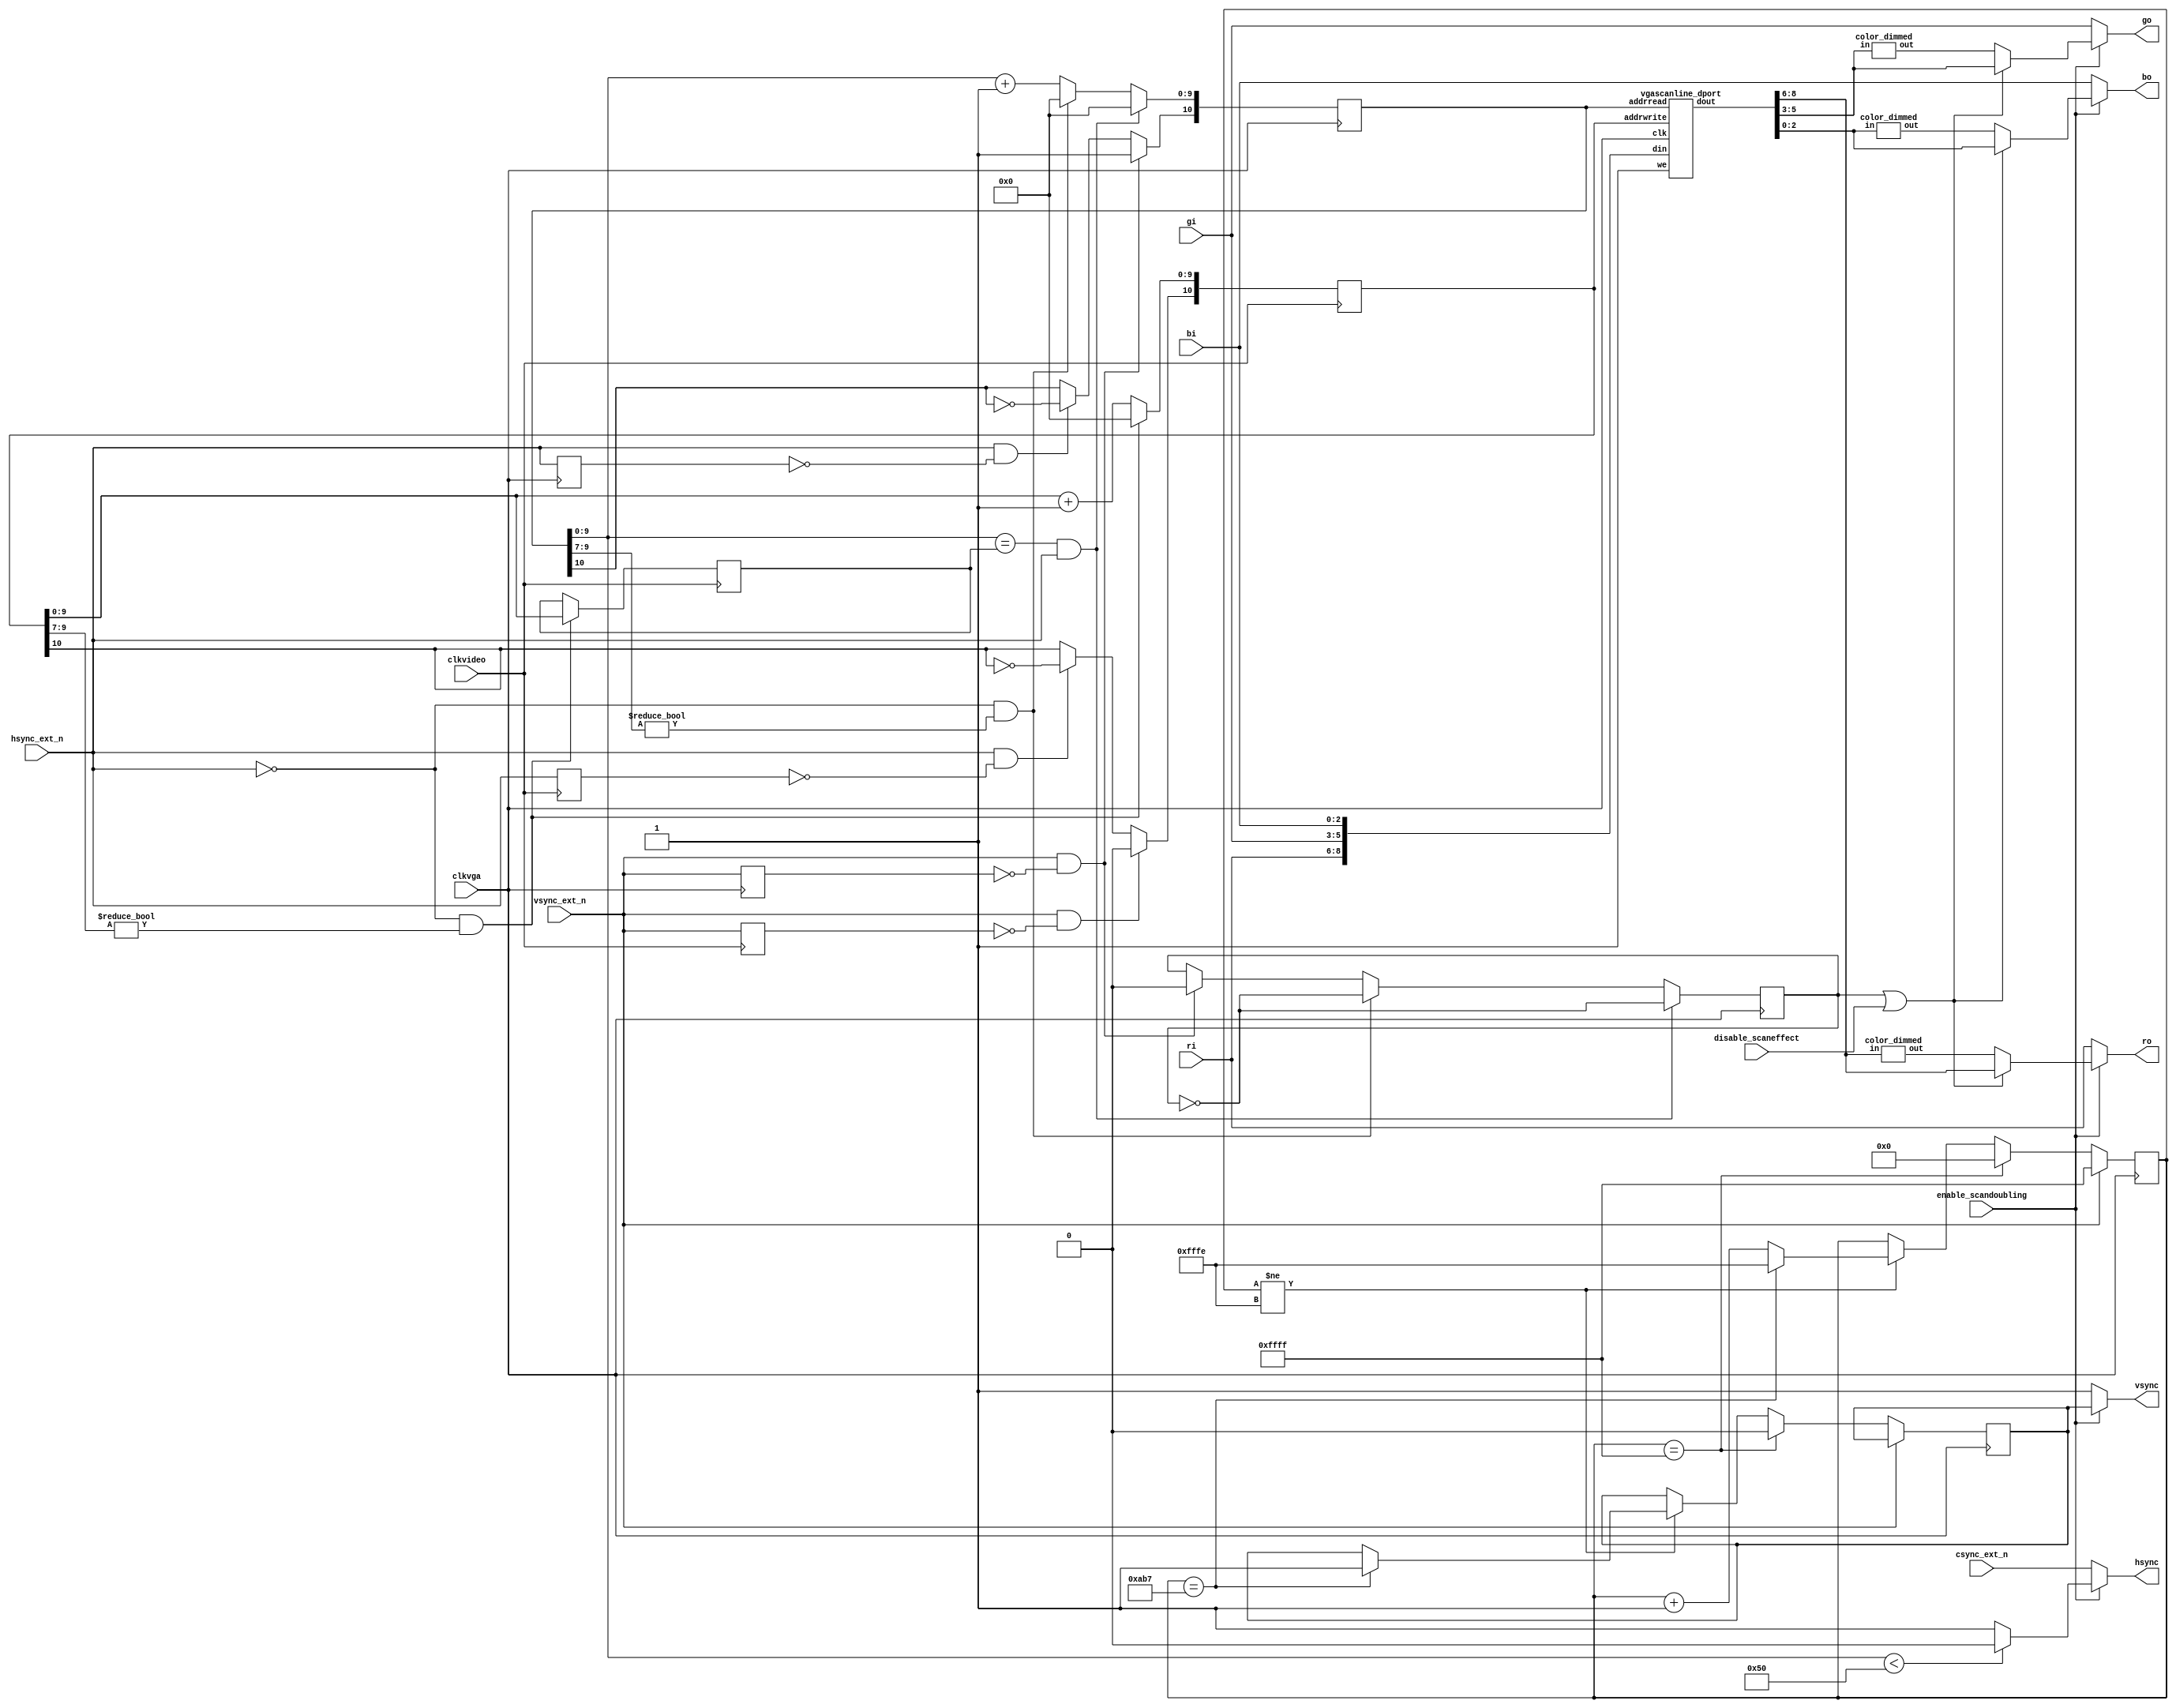
// This program was cloned from: https://github.com/ManuFerHi/N-GO
// License: GNU General Public License v3.0

`timescale 1ns / 1ps
`default_nettype none

//////////////////////////////////////////////////////////////////////////////////
// Company: AZXUNO
// 
// Design Name:    
// Module Name:    vga_scandoubler
// Project Name:   Scandoubler para la salida VGA
// Target Devices: ZXUNO Spartan 6
// Additional Comments: all rights reserved for now
//
//////////////////////////////////////////////////////////////////////////////////

module vga_scandoubler (
	input wire clkvideo,
	input wire clkvga,
  input wire enable_scandoubling,
  input wire disable_scaneffect,  // 1 to disable scanlines
	input wire [2:0] ri,
	input wire [2:0] gi,
	input wire [2:0] bi,
	input wire hsync_ext_n,
	input wire vsync_ext_n,
  input wire csync_ext_n,
	output reg [2:0] ro,
	output reg [2:0] go,
	output reg [2:0] bo,
	output reg hsync,
	output reg vsync
  );
	
	parameter [31:0] CLKVIDEO = 12000;
	
	// http://www.epanorama.net/faq/vga2rgb/calc.html
	// SVGA 800x600
	// HSYNC = 3.36us  VSYNC = 114.32us
	
	parameter [63:0] HSYNC_COUNT = (CLKVIDEO * 3360 * 2)/1000000;
	parameter [63:0] VSYNC_COUNT = (CLKVIDEO * 114320 * 2)/1000000;
	
	reg [10:0] addrvideo = 11'd0, addrvga = 11'b00000000000;
	reg [9:0] totalhor = 10'd0;

	wire [2:0] rout, gout, bout;
	// Memoria de doble puerto que guarda la informacin de dos scans
	// Cada scan puede ser de hasta 1024 puntos, incluidos aqu los
	// puntos en negro que se pintan durante el HBlank
	vgascanline_dport memscan (
		.clk(clkvga),
		.addrwrite(addrvideo),
		.addrread(addrvga),
		.we(1'b1),
		.din({ri,gi,bi}),
		.dout({rout,gout,bout})
	);

	// Para generar scanlines:
	reg scaneffect = 1'b0;
  wire [2:0] rout_dimmed, gout_dimmed, bout_dimmed;
  color_dimmed apply_to_red   (rout, rout_dimmed);
  color_dimmed apply_to_green (gout, gout_dimmed);
  color_dimmed apply_to_blue  (bout, bout_dimmed);
	wire [2:0] ro_vga = (scaneffect | disable_scaneffect)? rout : rout_dimmed;
	wire [2:0] go_vga = (scaneffect | disable_scaneffect)? gout : gout_dimmed;
	wire [2:0] bo_vga = (scaneffect | disable_scaneffect)? bout : bout_dimmed;
		
	// Voy alternativamente escribiendo en una mitad o en otra del scan buffer
	// Cambio de mitad cada vez que encuentro un pulso de sincronismo horizontal
	// En "totalhor" mido el nmero de ciclos de reloj que hay en un scan
	
	reg vsync_ext_n_prev = 1'b0;
	reg hsync_ext_n_prev = 1'b0;
	always @(posedge clkvideo) begin
    vsync_ext_n_prev <= vsync_ext_n;
    hsync_ext_n_prev <= hsync_ext_n;
    
    if (vsync_ext_n & ~vsync_ext_n_prev) begin
        addrvideo[10] <= 1'b0;
    end else if (hsync_ext_n & ~hsync_ext_n_prev) begin
        addrvideo[10] <= ~addrvideo[10];
    end
    
		if (hsync_ext_n == 1'b0 && addrvideo[9:7] != 3'b000) begin
			totalhor <= addrvideo[9:0];
			addrvideo[9:0] <= 10'b0000000000;
		end
		else
			addrvideo[9:0] <= addrvideo[9:0] + 11'd1;
	end
	
	// Recorro el scanbuffer al doble de velocidad, generando direcciones para
	// el scan buffer. Cada vez que el video original ha terminado una linea,
	// cambio de mitad de buffer. Cuando termino de recorrerlo pero an no
	// estoy en un retrazo horizontal, simplemente vuelvo a recorrer el scan buffer
	// desde el mismo origen
	// Cada vez que termino de recorrer el scan buffer basculo "scaneffect" que
	// uso despus para mostrar los pxeles a su brillo nominal, o con su brillo
	// reducido para un efecto chachi de scanlines en la VGA
	
	reg vsync_ext_n_prev_vga = 1'b0;
	reg hsync_ext_n_prev_vga = 1'b0;
	always @(posedge clkvga) begin
    vsync_ext_n_prev_vga <= vsync_ext_n;
    hsync_ext_n_prev_vga <= hsync_ext_n;
    if (vsync_ext_n & ~vsync_ext_n_prev_vga) begin
      addrvga[10] <= 1'b1;
      scaneffect <= 1'b0;
    end else if (hsync_ext_n & ~hsync_ext_n_prev_vga) begin
      addrvga[10] <= ~addrvga[10];
    end

    
		if (addrvga[9:0] == totalhor && hsync_ext_n == 1'b1) begin
			addrvga[9:0] <= 10'b000000000;
			scaneffect <= ~scaneffect;
		end
		else if (hsync_ext_n == 1'b0 && addrvga[9:7] != 3'b000) begin
			addrvga[9:0] <= 10'b000000000;
			scaneffect <= ~scaneffect;
		end
		else
			addrvga[9:0] <= addrvga[9:0] + 11'd1;
	end

	// El HSYNC de la VGA est bajo slo durante HSYNC_COUNT ciclos a partir del comienzo
	// del barrido de un scanline
    reg hsync_vga, vsync_vga;
    
	always @* begin
		if (addrvga[9:0] < HSYNC_COUNT[9:0])
			hsync_vga = 1'b0;
		else
			hsync_vga = 1'b1;
	end
	
	// El VSYNC de la VGA est bajo slo durante VSYNC_COUNT ciclos a partir del flanco de
	// bajada de la seal de sincronismo vertical original
	reg [15:0] cntvsync = 16'hFFFF;
	initial vsync_vga = 1'b1;
	always @(posedge clkvga) begin
		if (vsync_ext_n == 1'b0) begin
			if (cntvsync == 16'hFFFF) begin
				cntvsync <= 16'd0;
				vsync_vga <= 1'b0;
			end
			else if (cntvsync != 16'hFFFE) begin
				if (cntvsync == VSYNC_COUNT[15:0]) begin
					vsync_vga <= 1'b1;
					cntvsync <= 16'hFFFE;
				end
				else
					cntvsync <= cntvsync + 16'd1;
			end
		end
		else if (vsync_ext_n == 1'b1)
			cntvsync <= 16'hFFFF;
	end

    always @* begin
        if (enable_scandoubling == 1'b0) begin // 15kHz output
            ro = ri;
            go = gi;
            bo = bi;
            hsync = csync_ext_n;
            vsync = 1'b1;
        end
        else begin  // VGA output
            ro = ro_vga;
            go = go_vga;
            bo = bo_vga;
            hsync = hsync_vga;
            vsync = vsync_vga;
        end
    end
    
endmodule

// Una memoria de doble puerto: uno para leer, y otro para
// escribir. Es de 2048 direcciones: 1024 se emplean para
// guardar un scan, y otros 1024 para el siguiente scan
module vgascanline_dport (
	input wire clk,
	input wire [10:0] addrwrite,
	input wire [10:0] addrread,
	input wire we,
	input wire [8:0] din,
	output reg [8:0] dout
	);
	
	reg [8:0] scan[0:2047]; // two scanlines
	always @(posedge clk) begin
		dout <= scan[addrread];
		if (we == 1'b1)
			scan[addrwrite] <= din;
	end
endmodule

module color_dimmed (
    input wire [2:0] in,
    output reg [2:0] out // out is scaled to roughly 70% of in
    );
    
    always @* begin  // a LUT
        case (in)  
            3'd0 : out = 3'd0;
            3'd1 : out = 3'd1;
            3'd2 : out = 3'd1;
            3'd3 : out = 3'd2;
            3'd4 : out = 3'd3;
            3'd5 : out = 3'd3;
            3'd6 : out = 3'd4;
            3'd7 : out = 3'd5;
            default: out = 3'd0;
        endcase
    end
endmodule